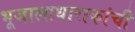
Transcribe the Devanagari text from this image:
भूजालाधाराकांची